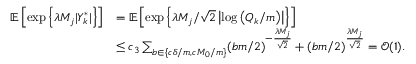
\begin{array} { r l } { \mathbb { E } \left[ \exp \left\{ \lambda M _ { j } | Y _ { k } ^ { * } | \right\} \right] } & { = \mathbb { E } \left[ \exp \left\{ \lambda M _ { j } / \sqrt { 2 } \left| \log \left( Q _ { k } / m \right) \right| \right\} \right] } \\ & { \leq c _ { 3 } \sum _ { b \in \{ c \delta / m , c M _ { 0 } / m \} } ( b m / 2 ) ^ { - \frac { \lambda M _ { j } } { \sqrt { 2 } } } + ( b m / 2 ) ^ { \frac { \lambda M _ { j } } { \sqrt { 2 } } } = \mathcal { O } ( 1 ) . } \end{array}